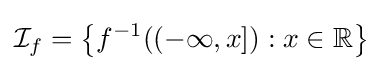
{\mathcal {I}}_{f}=\left\{f^{-1}((-\infty ,x]):x\in \mathbb {R} \right\}